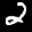
Label: 2